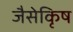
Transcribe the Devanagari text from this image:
जैसेकृिष